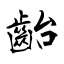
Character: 齝